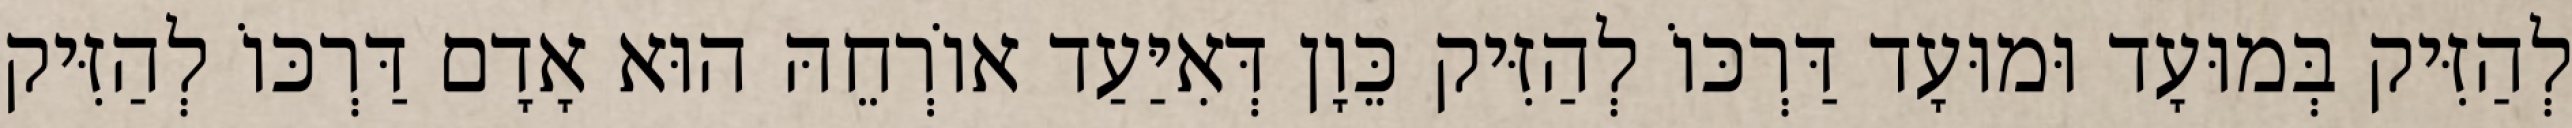
לְהַזִּיק בְּמוּעָד וּמוּעָד דַּרְכּוֹ לְהַזִּיק כֵּוָן דְּאִיַּעַד אוֹרְחֵהּ הוּא אָדָם דַּרְכּוֹ לְהַזִּיק